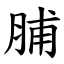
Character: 脯